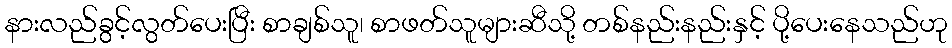
နားလည်ခွင့်လွတ်ပေးပြီး စာချစ်သူ၊ စာဖတ်သူများဆီသို့ တစ်နည်းနည်းနှင့် ပို့ပေးနေသည်ဟု